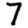
Digit: 7